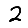
Digit: 2